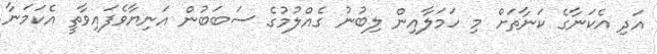
އަދި އެކަނާގެ ކަނާތަށް މި ހަމަލާއިން ލިބުނު ގެއްލުމުގެ ސަބަބުން އަނިޔާވެފައިވާތީ އެކަމަނާ